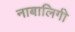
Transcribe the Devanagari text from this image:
नाबालिगी